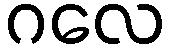
ဂလေ